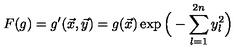
F ( g ) = g ^ { \prime } ( \vec { x } , \vec { y } ) = g ( \vec { x } ) \exp \Big ( - \sum _ { l = 1 } ^ { 2 n } y _ { l } ^ { 2 } \Big )